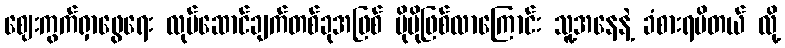
ဈေးကွက်ရှာဖွေရေး လုပ်ဆောင်ချက်တစ်ခုအဖြစ် ပိုမိုဖြစ်လာကြောင်း သူ့အနေနဲ့ ခံစားရမိတယ် လို့